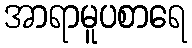
အာရာမူပစာရေ